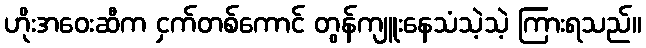
ဟိုးအဝေးဆီက ငှက်တစ်ကောင် တွန်ကျူးနေသံသဲ့သဲ့ ကြားရသည်။